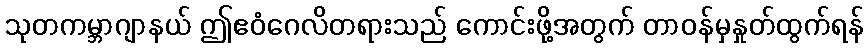
သုတကမ္ဘာဂျာနယ် ဤဧဝံဂေလိတရားသည် ကောင်းဖို့အတွက် တာဝန်မှနှုတ်ထွက်ရန်